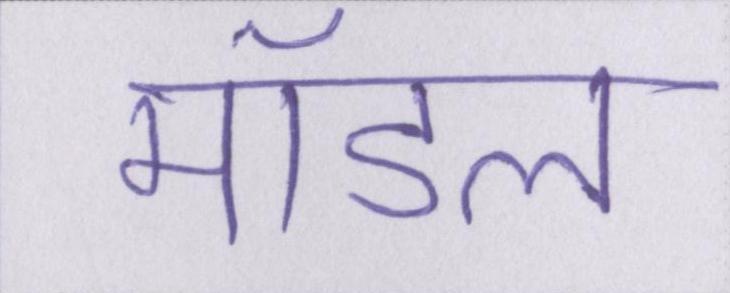
मॉडल